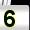
Digit: 5